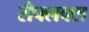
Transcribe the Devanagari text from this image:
रीफ्लक्स